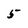
Character: 5